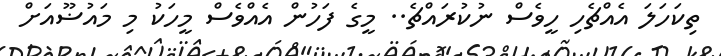
ތިކަހަލަ އެއްޗެހި ހީވެސް ނުކުރައްޗެ.. މީގެ ފަހުން އެއްވެސް މީހަކު މި މައުޟޫއަށް